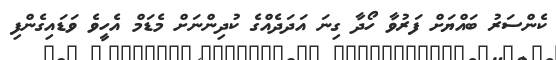
ކެންސަރު ބައްޔަށް ފަރުވާ ހޯދާ ގިނަ އަދަދެއްގެ ކުދިންނަށް މެޑަމް އެހީވެ ވަޑައިގެންފި